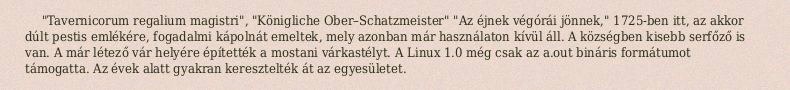
"Tavernicorum regalium magistri", "Königliche Ober–Schatzmeister" "Az éjnek végórái jönnek," 1725-ben itt, az akkor dúlt pestis emlékére, fogadalmi kápolnát emeltek, mely azonban már használaton kívül áll. A községben kisebb serfőző is van. A már létező vár helyére építették a mostani várkastélyt. A Linux 1.0 még csak az a.out bináris formátumot támogatta. Az évek alatt gyakran keresztelték át az egyesületet.